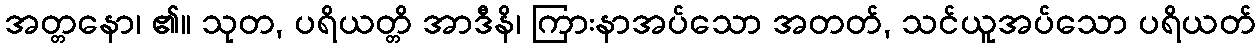
အတ္တနော၊ ၏။ သုတ, ပရိယတ္တိ အာဒီနိ၊ ကြားနာအပ်သော အတတ်, သင်ယူအပ်သော ပရိယတ်